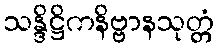
သန္ဒိဋ္ဌိကနိဗ္ဗာနသုတ္တံ